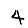
Digit: 4